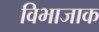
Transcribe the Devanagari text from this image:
विभाजाक